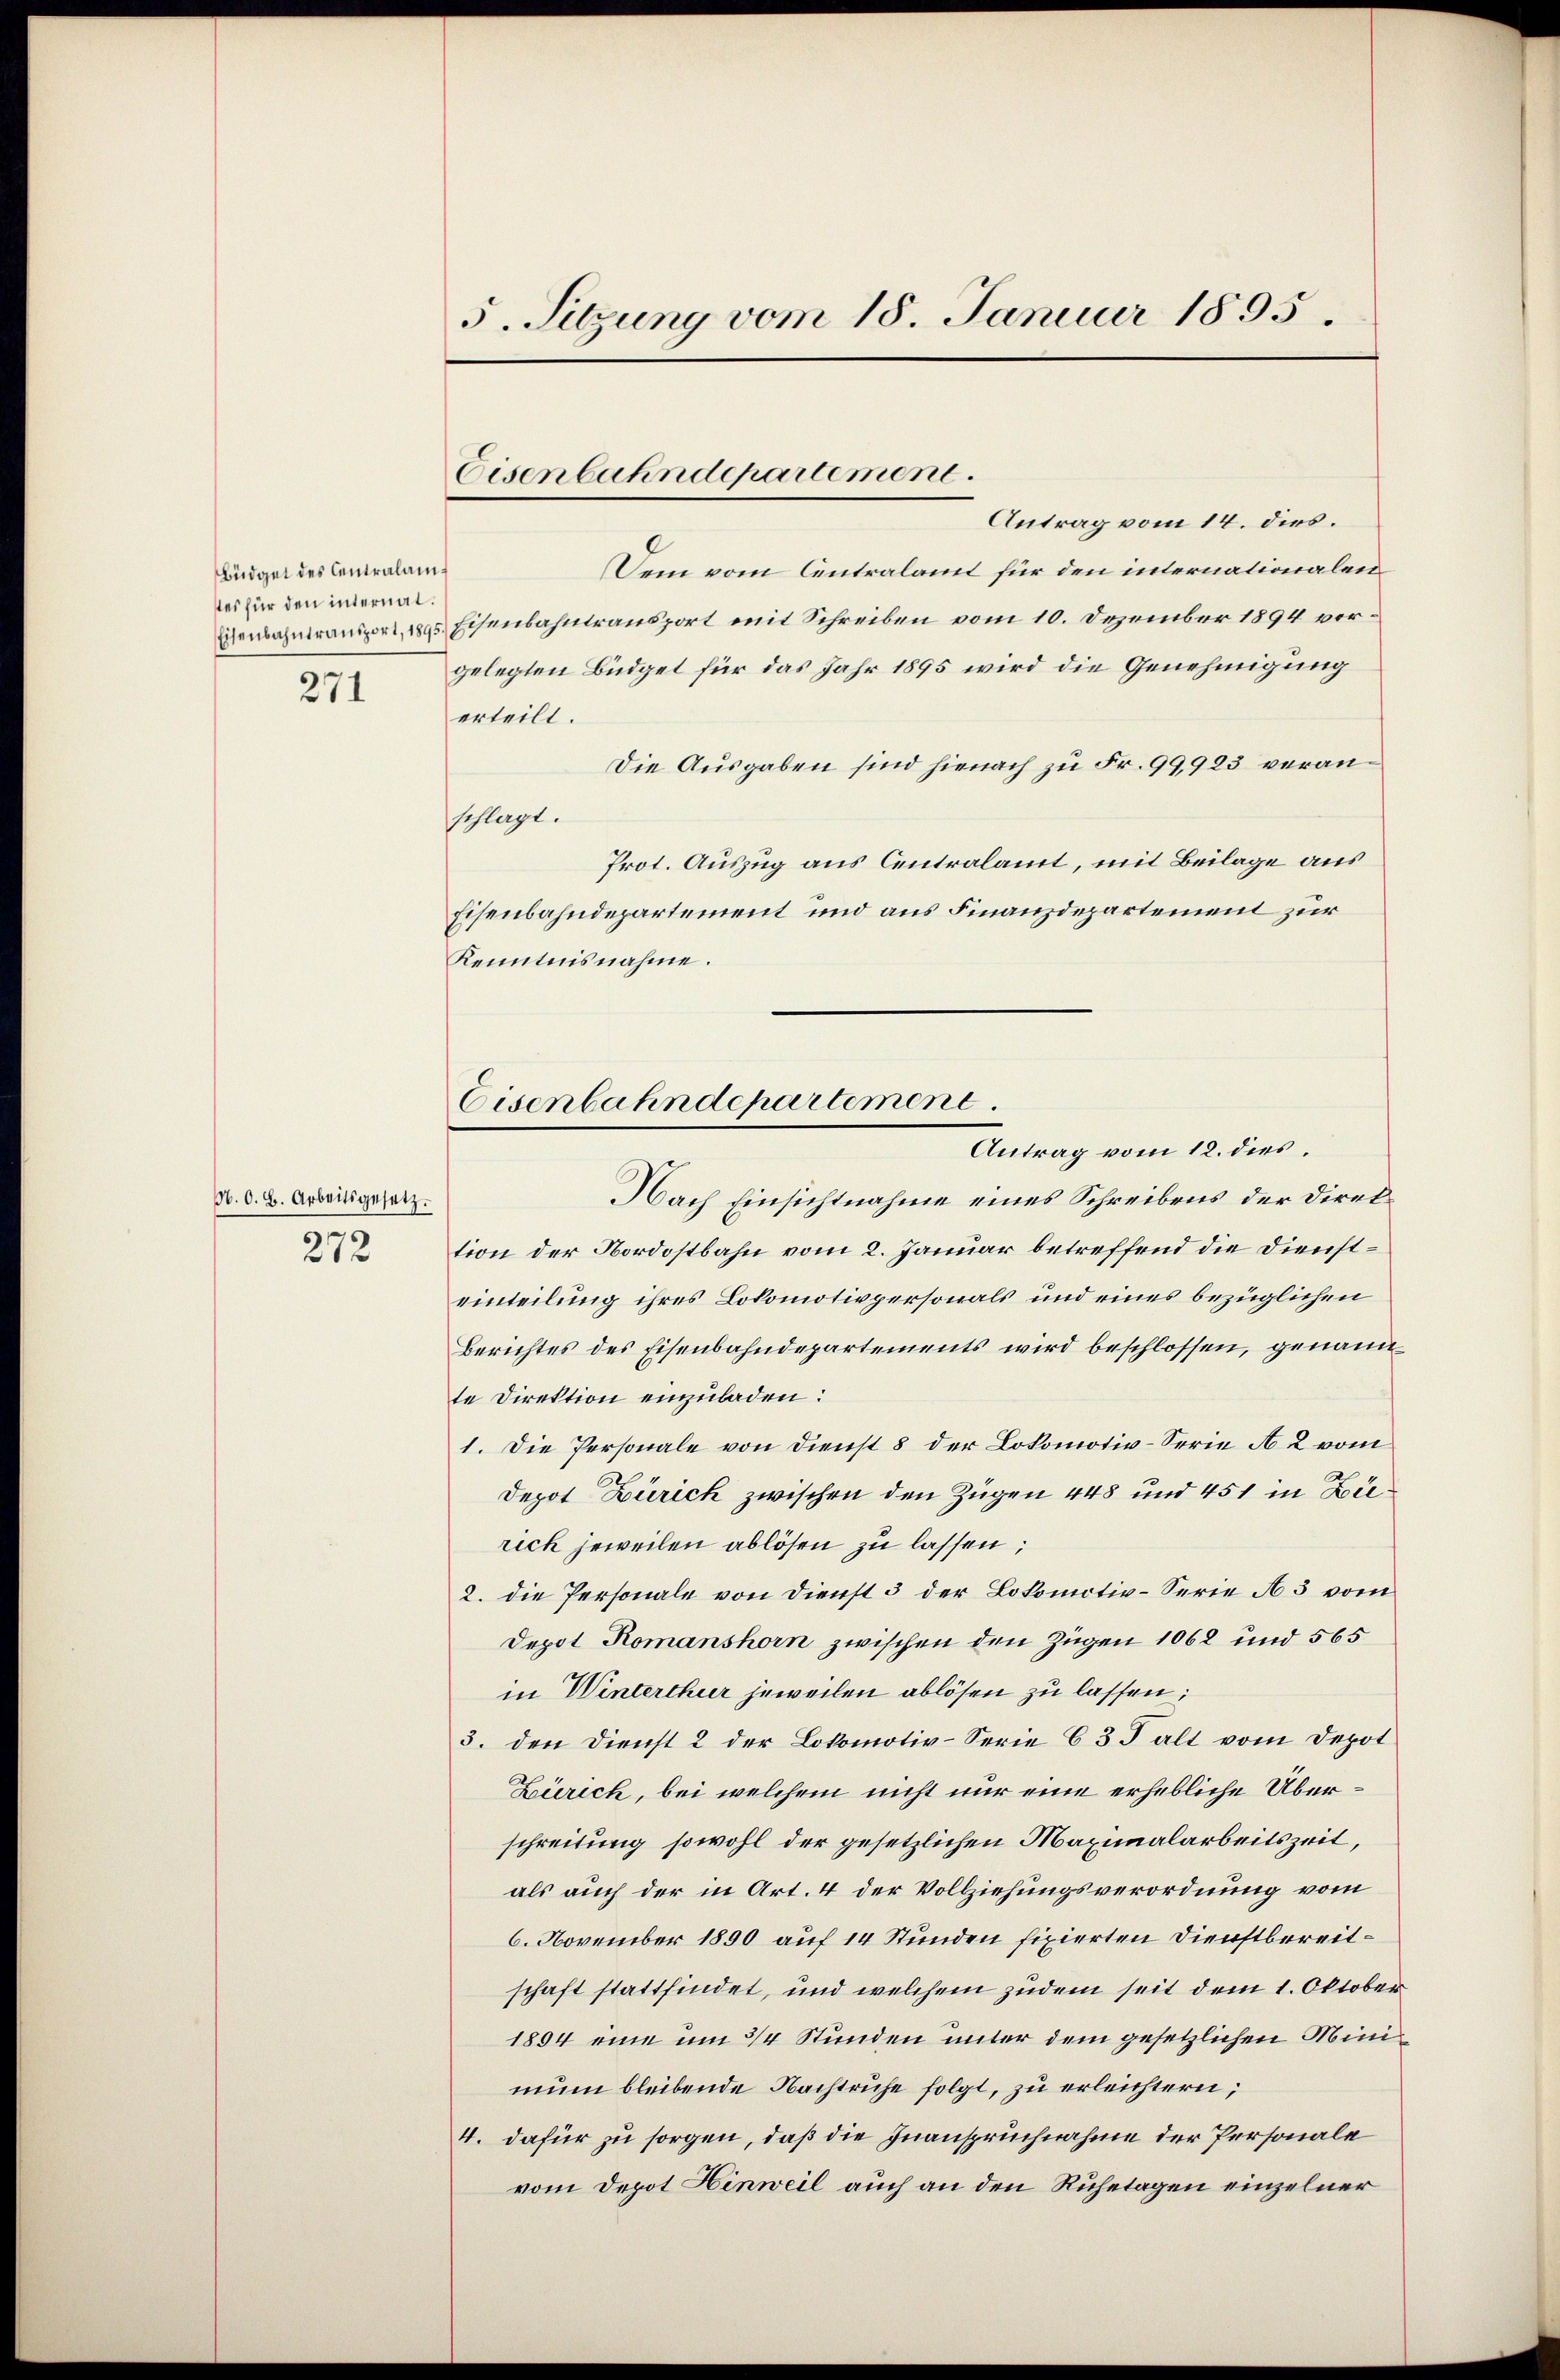
Büdget des Centralam
stes für den internat.
Eisenbahntransport, 189
271

N. O. B. Arbeitsgesetz.
272

5. Sitzung vom 18. Januar 1895.

Eisenbahndepartement.
Antrag vom 14. dies.

Eisenbahndepartement
Antrag vom 12. dies

f
Dem vom Centralamt für den internationalen
Eisenbahntransport mit Schreiben vom 10. Dezember 1894 vorgelegten Büdget für das Jahr 1895 wird die Genehmigung
erteilt.
Die Ausgaben sind hienach zu Fr. 99,923 veranschlagt.
Prot. Auszug aus Centralamt, mit Beilage aus
Eisenbahndepartement und aus Finanzdepartement zur
Kenntnisnahme.
Nach Einsichtnahme eines Schreibens der Direktion der Nordostbahn vom 2. Januar betreffend die Diensteinteilung ihres Lokomotivpersonals und eines bezüglichen
Berichtes des Eisenbahndepartements wird beschlossen, genannte Direktion einzuladen:
1. Die Personale von Dienst 8 der Lokomotiv-Serie A 2 vom
Depot Zürich zwischen den Zügen 448 und 451 in Zie
rich jeweilen ablösen zu lassen;
2. die Personale von Dienst 3 der Lokomotiv-Serie A 5 vom
Depot Romanshorn zwischen den Zügen 1062 und 565
in Winterthur jeweilen ablösen zu lassen;
3. den Dienst 2 der Lokomotiv-Serie 6 3 J alt vom Depot
Zürich, bei welchem nicht nur eine erhebliche Überschreitung sowohl der gesetzlichen Maximalarbeitszeit,
als auch der in Art. 4 der Vollziehungsverordnung vom
6. November 1890 auf 14 Stunden fixierten Dienstbereitschaft stattfindet, und welchem zudem seit dem 1. Oktober
1894 eine um 3/4 Stunden unter dem gesetzlichen Minimum bleibende Nachtruhe folgt, zu erleichtern;
4. dafür zu sorgen, daß die Inanspruchnahme der Personale
vom Depot Hinweil auch an den Ruhetagen einzelner